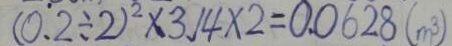
( 0 . 2 \div 2 ) ^ { 2 } \times 3 . 1 4 \times 2 = 0 . 0 6 2 8 ( m ^ { 3 } )